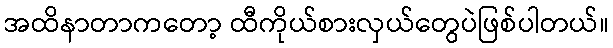
အထိနာတာကတော့ ထီကိုယ်စားလှယ်တွေပဲဖြစ်ပါတယ်။